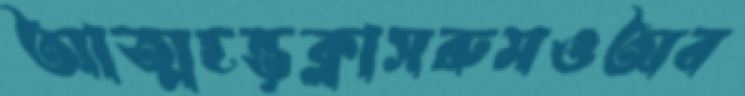
আত্মহন্তৃক্লাসরুমওঅব